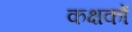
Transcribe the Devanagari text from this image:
कक्षकों